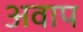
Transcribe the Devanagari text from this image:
अवाप